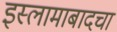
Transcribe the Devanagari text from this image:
इस्लामाबादचा